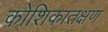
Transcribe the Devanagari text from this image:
कोशिकातक्षण